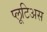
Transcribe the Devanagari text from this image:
प्लूटिअस